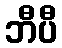
ဘီပီ